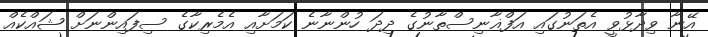
އޭނާ ވިދާޅުވީ އެތަނުގައި އަފްޣާނިސްތާނުގެ ދިދަ ހުންނާނެ ކަމަށާއި އެމެރިކާގެ ސިފައިންނަށް ޝައްކެއް